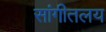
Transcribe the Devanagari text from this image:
सांगीतलय